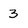
Character: 3